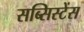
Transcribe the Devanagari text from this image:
सब्सिस्टेंस